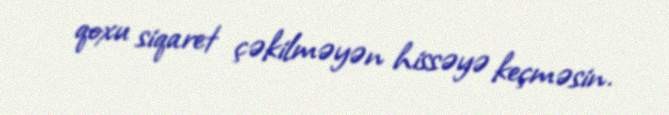
qoxu siqaret çəkilməyən hissəyə keçməsin.